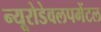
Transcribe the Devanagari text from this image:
न्यूरोडेवलपमेंटल